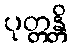
ပုတ္တန္တိ